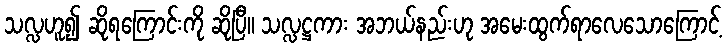
သလ္လဟူ၍ ဆိုရကြောင်းကို ဆိုပြီ။ သလ္လဋ္ဌကား အဘယ်နည်းဟု အမေးထွက်ရာလေသောကြောင့်